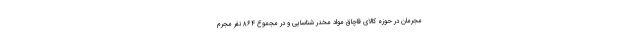
مجرمان در حوزه کالای قاچاق مواد مخدر شناسایی و در مجموع ۸۶۴ نفر مجرم